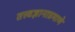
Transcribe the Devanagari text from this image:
तत्त्वज्ञानाप्रमाणे